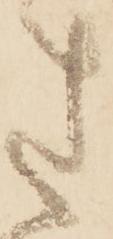
さ